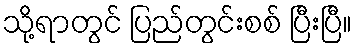
သို့ရာတွင် ပြည်တွင်းစစ် ပြီးပြီ။